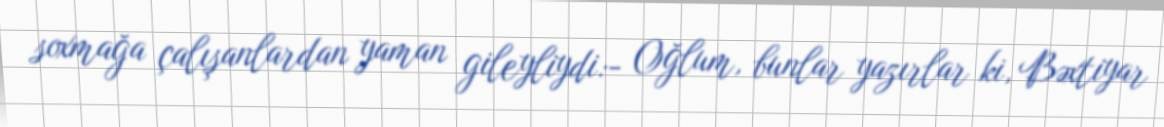
soxmağa çalışanlardan yaman gileyliydi:- Oğlum, bunlar yazırlar ki, Bəxtiyar